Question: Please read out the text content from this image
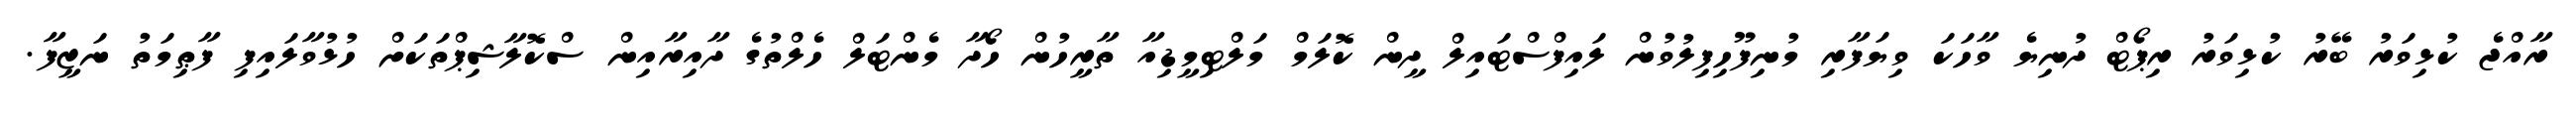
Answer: ރާއްޖެ ކުޅިވަރު ބޭރު ކުޅިވަރު ރިޕޯޓް ދުނިޔެ ވާހަކަ ވިޔަފާރި މުނިފޫހިފިލުވުން ލައިފްސްޓައިލް ދީން ކޮލަމް މަލްޓިމީޑިއާ ތާރީހުން ހޯދާ މެންޓަލް ހެލްތުގެ ދާއިރާއިން ސްކޮލާޝިޕްތަކަށް ހުޅުވާލައިފި ފާޠިމަތު ނަޒީފާ.